Report of the Indian Hemp Drugs Commission, 1894-1895 - Volume VIII
Year: 1894
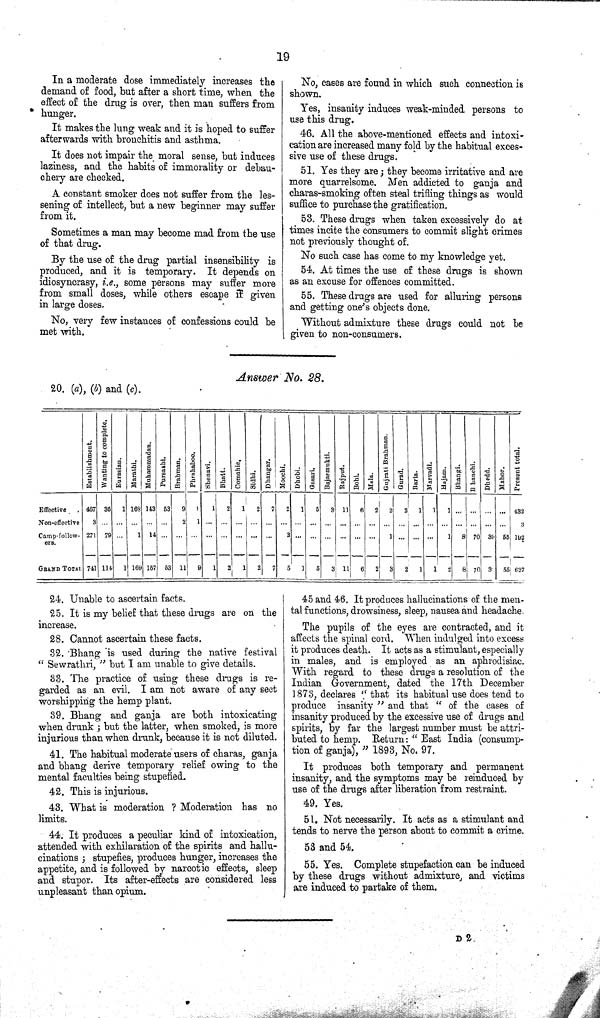
19
In a moderate dose immediately increases the
demand of food, but after a short time, when the
effect of the drug is over, then man suffers from
hunger.
It makes the lung weak and it is hoped to suffer
afterwards with bronchitis and asthma.
It does not impair the moral sense, but induces
laziness, and the habits of immorality or debau-
chery are checked.
A constant smoker does not suffer from the les-
sening of intellect, but a new beginner may suffer
from it.
Sometimes a man may become mad from the use
of that drug.
By the use of the drug partial insensibility is
produced, and it is temporary. It depends on
idiosyncrasy, i.e., some persons may suffer more
from small doses, while others escape if given
in large doses.
No, very few instances of confessions could be
met with.
No, cases are found in which such connection is
shown.
Yes, insanity induces weak-minded persons to
use this drug.
46. All the above-mentioned effects and intoxi-
cation are increased many fold by the habitual exces-
sive use of these drugs.
51. Yes they are; they become irritative and are
more quarrelsome. Men addicted to ganja and
charas-smoking often steal trifling things as would
suffice to purchase the gratification.
53. These drugs when taken excessively do at
times incite the consumers to commit slight crimes
not previously thought of.
No such case has come to my knowledge yet.
54. At times the use of these drugs is shown
as an excuse for offences committed.
55. These drags are used for alluring persons
and getting one's objects done.
Without admixture these drugs could not be
given to non-consumers.
Answer No. 28.
20. (a), (b) and (c).
Establishment. Wanting to complete.
Eurasian. Marathi. Muhammadan. Purasashi. Brahman. Phrahaboo. Shenavi. Bhatt. Comahie. Sidhi. Dhangar. Moochi. Dhobi. Gasari. Bajarmukti. Rajput. Bohi. Mala. Gujrati Brahman.
Gurad. Baria. Marvadi. Hajam. Bhangi. Bhanchi. Dhedd. Mahor. Present total.
Effective.
487
35
1 168 143 53
9
1 1 2
1
2
7
2
1
5
3 11
6
2
2
2
1 1 1
432
Non-effective
3
2
1
1
3
Camp-follow- 271 79
1 14
3
1
1
8 70 39 55 192
ers.
GRAND TOTAL 741 114 1
169 157 53 11 9 1 2 1 2 7 5 1
5
3
11
6
2
3
2
1
1
2
8 70 3 55 627
24. Unable to ascertain facts.
25. It is my belief that these drugs are on the
increase.
28. Cannot ascertain these facts.
32. Bhang is used during the native festival
" Sewrathri," but I am unable to give details.
S3. The practice of using these drags is re-
garded as an evil. I am not aware of any sect
worshipping the hemp plant.
39. Bhang and ganja are both intoxicating
when drunk; but the latter, when smoked, is more
injurious than when drunk, because it is not diluted.
41. The habitual moderate users of charas, ganja
and bhang derive temporary relief owing to the
mental faculties being stupefied.
42. This is injurious.
43. What is moderation ? Moderation has no
limits.
44. It produces a peculiar kind of intoxication,
attended with exhilaration of the spirits and hallu-
cinations; stupefies, produces hunger, increases the
appetite, and is followed by narcotic effects, sleep
and stupor. Its after-effects are considered less
unpleasant than opium.
45 and 46. It produces hallucinations of the men-
tal functions, drowsiness, sleep, nausea and headache.
The pupils of the eyes are contracted, and it
affects the spinal cord. When indulged into excess
it produces death. It acts as a stimulant, especially
in males, and is employed as an aphrodisiac.
With regard to these drugs a resolution of the
Indian Government, dated the 17th December
1873, declares "that its habitual use does tend to
produce insanity " and that "of the cases of
insanity produced by the excessive use of drugs and
spirits, by far the largest number must be attri-
buted to hemp. Return: "East India (consump-
tion of ganja)," 1893, No. 97.
It produces both temporary and permanent
insanity, and the symptoms may be reinduced by
use of the drugs after liberation from restraint.
49. Yes.
51. Not necessarily. It acts as a stimulant and
tends to nerve the person about to commit a crime.
53 and 54.
55. Yes. Complete stupefaction can be induced
by these drugs without admixture, and victims
axe induced to partake of them.
D 2